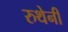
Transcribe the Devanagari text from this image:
रुथेनी